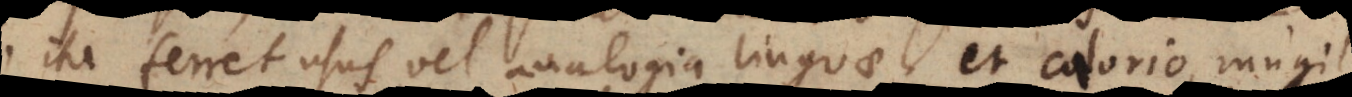
ferret usus vel analogia linguae; et calorio, mugil,